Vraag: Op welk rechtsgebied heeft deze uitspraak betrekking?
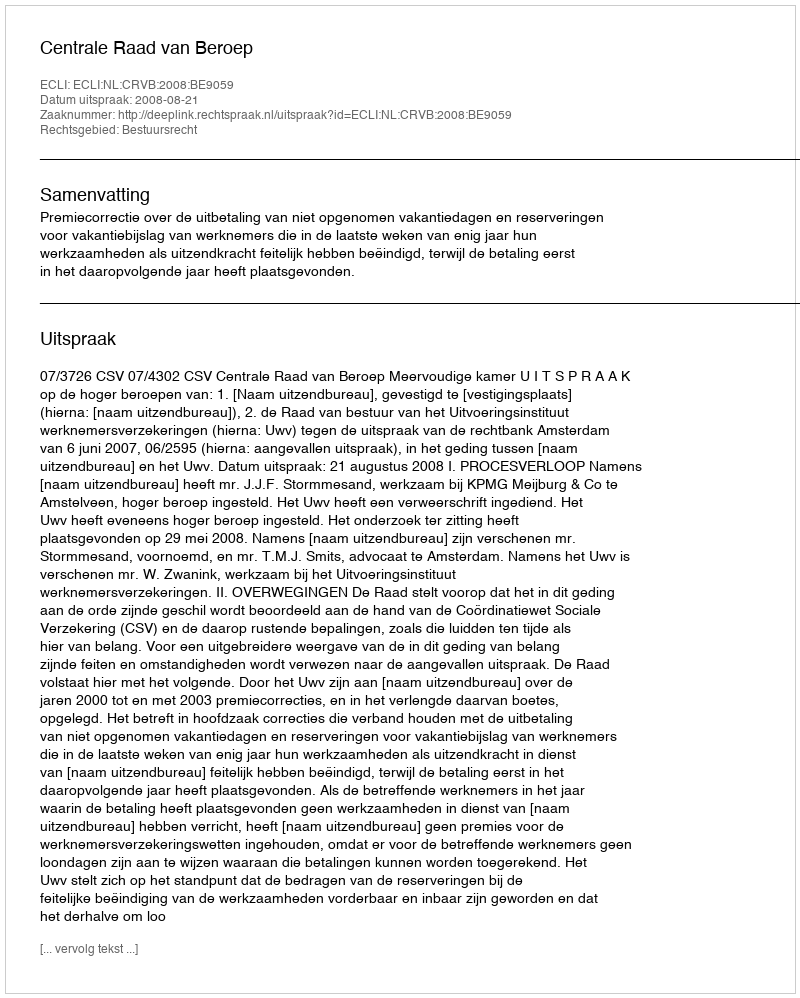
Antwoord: Bestuursrecht